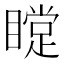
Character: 𥊰